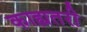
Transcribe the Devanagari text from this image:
काह्यतरी